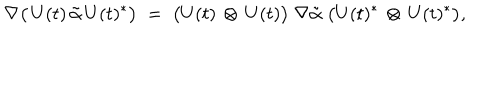
LaTeX: \nabla \bigl ( \, U ( t ) \, \tilde { \alpha } \, U ( t ) ^ { * } \bigr ) \; = \; \bigl ( U ( t ) \, \otimes \, U ( t ) \bigr ) \; \nabla \tilde { \alpha } \; \bigl ( U ( t ) ^ { * } \, \otimes \, U ( t ) ^ { * } \bigr ) ,